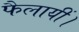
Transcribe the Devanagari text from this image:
फैलायीं।